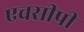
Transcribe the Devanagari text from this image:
एचसीपी